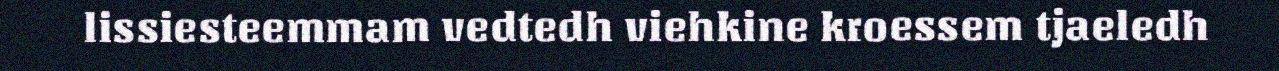
lissiesteemmam vedtedh viehkine kroessem tjaeledh